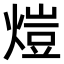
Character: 𤍈